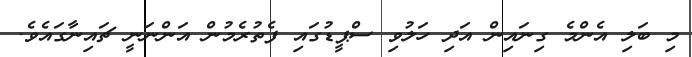
މި ބަލި އެންމެ ގިނައިން އަދި ހަލުވި ސްޕީޑުގައި ފެތުރެމުން އަންނަނީ ޗައިނާގައެވެ.